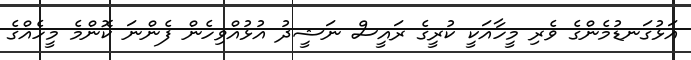
އަޅުގަނޑުމެންގެ ވެރި މީހާއަކީ ކުރީގެ ރައީސް ނަޝީދު އުޅުއްވިހެން ފެންނަ ކޮންމެ މީހެއްގެ